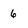
Character: 6